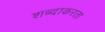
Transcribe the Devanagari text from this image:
शब्दाकरता